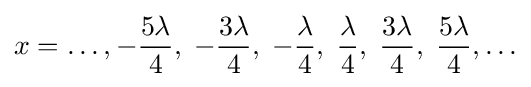
x=\ldots ,-{5\lambda  \over 4},\;-{3\lambda  \over 4},\;-{\lambda  \over 4},\;{\lambda  \over 4},\;{3\lambda  \over 4},\;{5\lambda  \over 4},\ldots